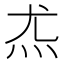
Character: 𰝽